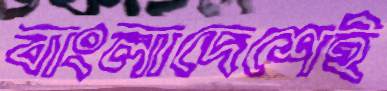
বাংলাদেশেই